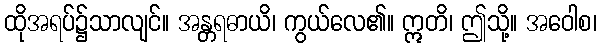
ထိုအရပ်၌သာလျင်။ အန္တရဓာယိ၊ ကွယ်လေ၏။ ဣတိ၊ ဤသို့။ အဝေါစ၊